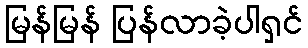
မြန်မြန် ပြန်လာခဲ့ပါရှင်